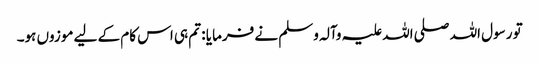
تو رسول اللہ صلی اللہ علیہ وآلہ وسلم نے فرمایا : تم ہی اس کام کے لیے موزوں ہو۔